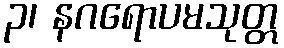
၃၊ နဂရောပမသုတ္တ